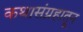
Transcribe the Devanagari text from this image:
कथासंग्रहातून